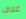
غلاف